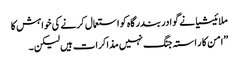
ملائیشیا نے گوادر بندرگاہ کو استعمال کرنے کی خواہش کا
”امن کا ر استہ جنگ نہیں مذاکرات ہیں لیکن ۔